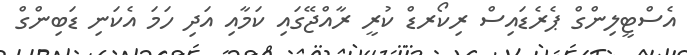
އެސްޓީލިންގް ޕެރެޑައިސް ރިކޯރޑް ކުރީ ރާއްޖޭގައި ކަމާއި އަދި ހަމަ އެކަނި ޑަބިންގް